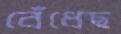
বেঁধেছ